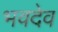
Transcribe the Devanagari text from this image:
भवदेव